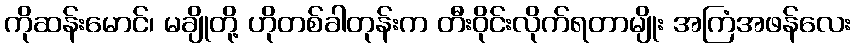
ကိုဆန်းမောင်၊ မချိုတို့ ဟိုတစ်ခါတုန်းက တီးဝိုင်းလိုက်ရတာမျိုး အကြံအဖန်လေး